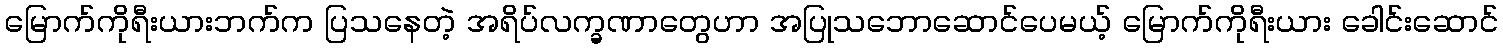
မြောက်ကိုရီးယားဘက်က ပြသနေတဲ့ အရိပ်လက္ခဏာတွေဟာ အပြုသဘောဆောင်ပေမယ့် မြောက်ကိုရီးယား ခေါင်းဆောင်